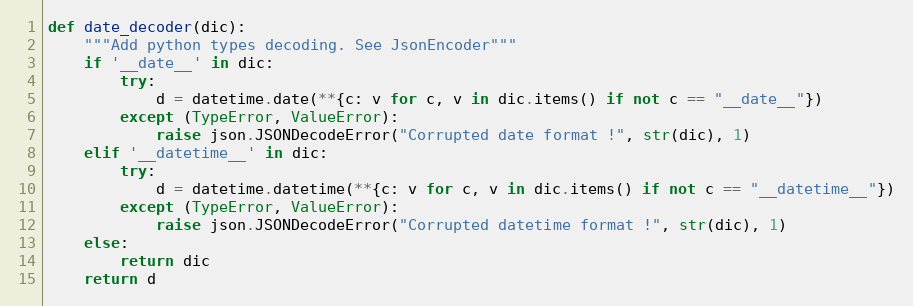
Language: Python
def date_decoder(dic):
    """Add python types decoding. See JsonEncoder"""
    if '__date__' in dic:
        try:
            d = datetime.date(**{c: v for c, v in dic.items() if not c == "__date__"})
        except (TypeError, ValueError):
            raise json.JSONDecodeError("Corrupted date format !", str(dic), 1)
    elif '__datetime__' in dic:
        try:
            d = datetime.datetime(**{c: v for c, v in dic.items() if not c == "__datetime__"})
        except (TypeError, ValueError):
            raise json.JSONDecodeError("Corrupted datetime format !", str(dic), 1)
    else:
        return dic
    return d